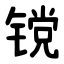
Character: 镋